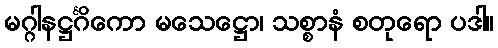
မဂ္ဂါနဋ္ဌင်္ဂိကော မသေဋ္ဌော၊ သစ္စာနံ စတုရော ပဒါ။